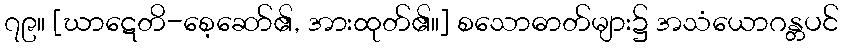
၇၉။ [ဃာဋေတိ-စေ့ဆော်၏, အားထုတ်၏။] စသောဓာတ်များ၌ အသံယောဂန္တပင်